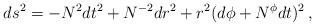
LaTeX: \begin{align*}ds^2 = -N^2 dt^2 + N^{-2} dr^2 + r^2(d\phi + N^{\phi}dt)^2\,,\end{align*}